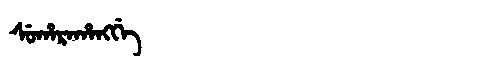
Manchu: ᠰᡠᡥᠠᡵᠠᡥᠠᠩᡤᡝ
Romanization: SUHARAHANGGE